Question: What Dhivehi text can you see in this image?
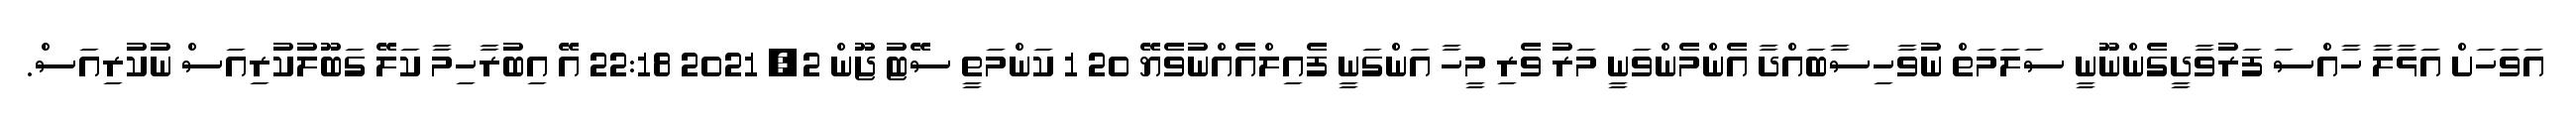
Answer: އަވަހަށް އަޅާލާ ހާއްސަ ފަރުވާދީގެންނޫނީ ސަލަމަތް ނުވާހިސާބައްދާ އެންމެންވަނީ މަރު ވެރި މީހާ އަންގަނީ ފެއިލްއެއްނުވެޔޭ 20 1 ކަންމަތީ ސޭޓު ޖޫން 2, 2021 22:18 އޭ އިބުރާހިމާ ކަލޭ ގަބޫލުކުރިއަސް ނުކުރިއަސް.